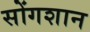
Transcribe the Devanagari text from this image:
सोंगशान